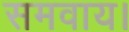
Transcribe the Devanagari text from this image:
समवाय।